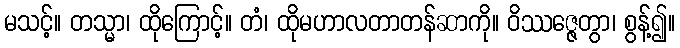
မသင့်။ တသ္မာ၊ ထိုကြောင့်။ တံ၊ ထိုမဟာလတာတန်ဆာကို။ ဝိဿဇ္ဇေတွာ၊ စွန့်၍။